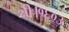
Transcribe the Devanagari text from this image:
थी।१६०३